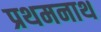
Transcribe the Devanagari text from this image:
प्रथमनाथ